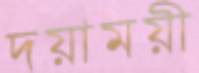
দয়াময়ী